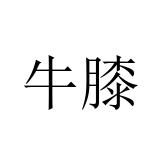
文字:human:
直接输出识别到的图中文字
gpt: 牛膝